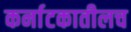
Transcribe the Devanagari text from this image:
कर्नाटकातीलच